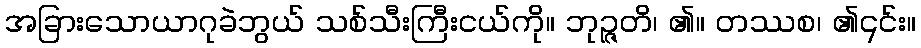
အခြားသောယာဂုခဲဘွယ် သစ်သီးကြီးငယ်ကို။ ဘုဉ္ဇတိ၊ ၏။ တဿစ၊ ၏၎င်း။